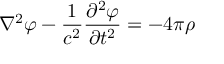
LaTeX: \nabla ^ { 2 } \varphi - { \frac { 1 } { c ^ { 2 } } } { \frac { \partial ^ { 2 } \varphi } { \partial t ^ { 2 } } } = - { 4 \pi \rho }